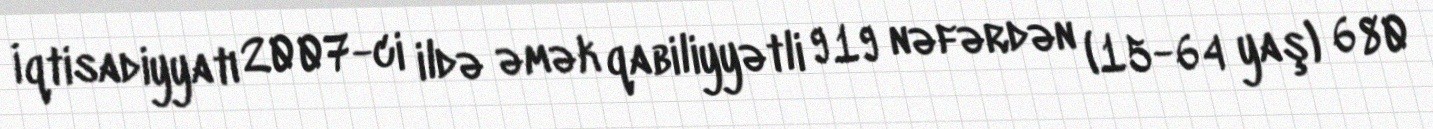
İqtisadiyyatı 2007-ci ildə əmək qabiliyyətli 919 nəfərdən (15-64 yaş) 680